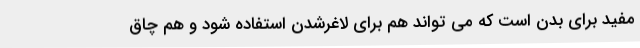
مفید برای بدن است که می تواند هم برای لاغرشدن استفاده شود و هم چاق